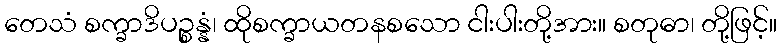
တေသံ စက္ခာဒိပဉ္စန္နံ၊ ထိုစက္ခာယတနစသော ငါးပါးတို့အား။ စတုဓာ၊ တို့ဖြင့်။